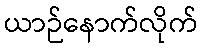
ယာဉ်နောက်လိုက်